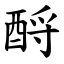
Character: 酹